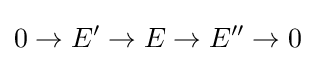
0\to E'\to E\to E''\to 0